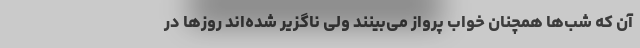
آن که شب‌ها همچنان خواب پرواز می‌بینند ولی ناگزیر شده‌اند روزها در